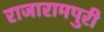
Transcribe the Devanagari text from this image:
राजारामपुरी